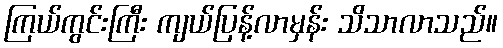
ကြယ်ကွင်းကြီး ကျယ်ပြန့်လာမှန်း သိသာလာသည်။